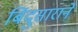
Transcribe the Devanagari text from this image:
बिंदुसाराने